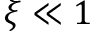
\xi \ll 1